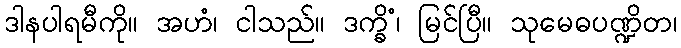
ဒါနပါရမီကို။ အဟံ၊ ငါသည်။ ဒက္ခိံ၊ မြင်ပြီ။ သုမေဓပဏ္ဍိတ၊